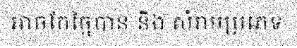
អាចកែច្នៃបាន និង សំរាមប្រភេទ